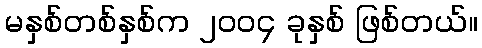
မနှစ်တစ်နှစ်က ၂၀၀၄ ခုနှစ် ဖြစ်တယ်။